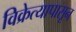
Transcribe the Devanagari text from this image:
विक्रेत्यापासून